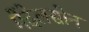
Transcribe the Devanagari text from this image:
मेंदेलसोन